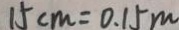
1 5 c m = 0 . 1 5 m